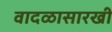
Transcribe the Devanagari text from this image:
वादळासारखी